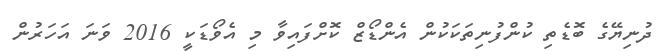
ދުނިޔޭގެ ބޮޑެތި ކުންފުނިތަކަކުން އެންޑޯޒް ކޮށްފައިވާ މި އެވޯޑަކީ 2016 ވަނަ އަހަރުން